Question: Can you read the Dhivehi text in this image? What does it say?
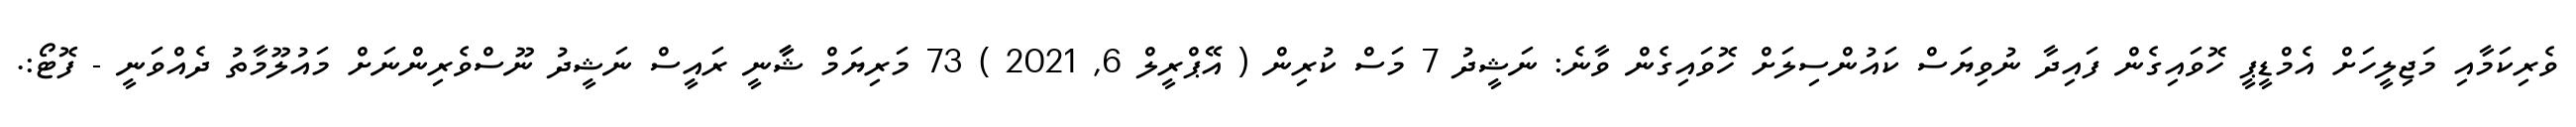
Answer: ވެރިކަމާއި މަޖިލީހަށް އެމްޑީޕީ ހޮވައިގެން ފައިދާ ނުވިޔަސް ކައުންސިލަށް ހޮވައިގެން ވާނެ: ނަޝީދު 7 މަސް ކުރިން ( އޭޕްރީލް 6, 2021 ) 73 މަރިޔަމް ޝާާނީ ރައީސް ނަޝީދު ނޫސްވެރިންނަށް މައުލޫމާތު ދެއްވަނީ - ފޮޓޯ:.